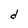
Character: d